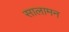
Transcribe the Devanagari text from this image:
सालामन